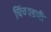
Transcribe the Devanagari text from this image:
चिंचवडची